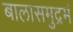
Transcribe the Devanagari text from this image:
बालासमुद्रमं